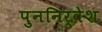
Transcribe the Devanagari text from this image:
पुननिर्वेश